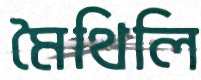
মৈথিলি